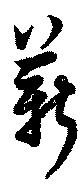
薪